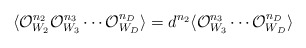
\begin{align*}\langle {\cal O}^{n_{2}}_{W_{2}}{\cal O}^{n_{3}}_{W_{3}}\cdots {\cal O}^{n_{D}}_{W_{D}}\rangle =d^{n_{2}}\langle {\cal O}^{n_{3}}_{W_{3}}\cdots {\cal O}^{n_{D}}_{W_{D}}\rangle\end{align*}